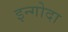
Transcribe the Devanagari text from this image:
इन्गोदा